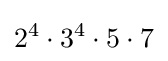
2^{4}\cdot 3^{4}\cdot 5\cdot 7